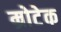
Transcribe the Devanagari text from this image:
म्रोटेक